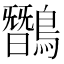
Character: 𪅽